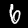
Label: 6